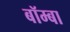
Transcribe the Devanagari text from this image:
बॉम्बा